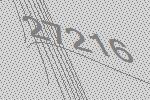
27216